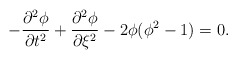
\begin{align*}- \frac{\partial^{2} \phi}{\partial t^{2}} + \frac{\partial^{2} \phi} {\partial \xi^{2}} - 2 \phi (\phi^{2} - 1) = 0. \end{align*}